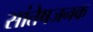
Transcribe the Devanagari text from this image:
सांतेषजनक